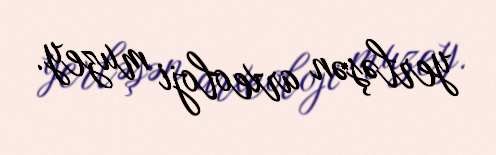
yerləşən arxeoloji muzey.